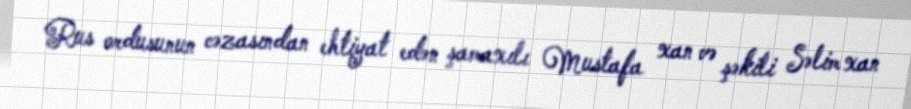
Rus ordusunun cəzasından ehtiyat edən şamaxılı Mustafa xan və şəkili Səlim xan